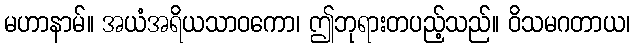
မဟာနာမ်။ အယံအရိယသာဝကော၊ ဤဘုရားတပည့်သည်။ ဝိသမဂတာယ၊